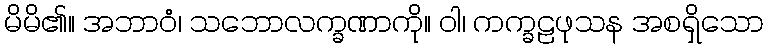
မိမိ၏။ အဘာဝံ၊ သဘောလက္ခဏာကို။ ဝါ၊ ကက္ခဠဖုသန အစရှိသော